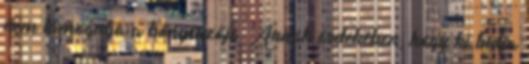
nem támogatja a böngészője. Annak érdekében, hogy ki tudja